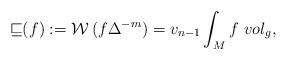
\begin{align*}{\mathcal{v}}(f) := \mathcal{W}\,(f \Delta ^{-m})= v_{n-1} \int _{M} f~vol_{g},\end{align*}